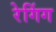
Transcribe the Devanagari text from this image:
रेगिंग